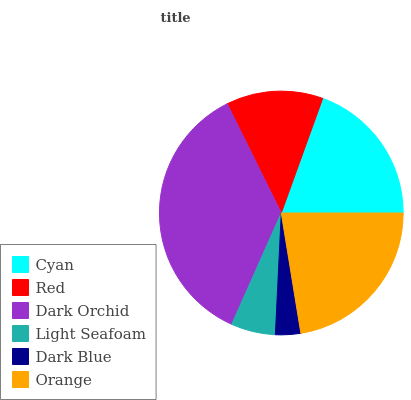
| Cyan | Red | Dark Orchid | Light Seafoam | Dark Blue | Orange |
 | --- | --- | --- | --- | --- | --- |
 | 19.4% | 12.9% | 36% | 5.89% | 3.35% | 22.5% |